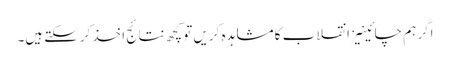
اگر ہم چائینیز انقلاب کا مشاہدہ کریں تو کچھ نتائج اخذ کرسکتے ہیں۔